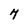
Character: 7